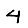
Digit: 4